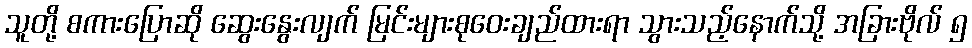
သူတို့ စကားပြောဆို ဆွေးနွေးလျက် မြင်းများစုဝေးချည်ထားရာ သွားသည့်နောက်သို့ အခြားဗိုလ် ၅